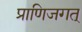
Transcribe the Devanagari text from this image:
प्राणिजगत्